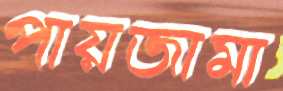
পায়জামা